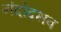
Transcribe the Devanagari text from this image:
नंदोदभव